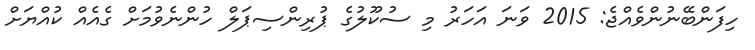
ހިފަންބޭނުންވެއްޖެ: 2015 ވަނަ އަހަރު މި ސުކޫލުގެ ޕުރިންސިޕަލް ހުންނެވުމަށް ގެއެއް ކުއްޔަށް